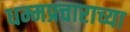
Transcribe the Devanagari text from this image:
धम्मप्रचाराच्या